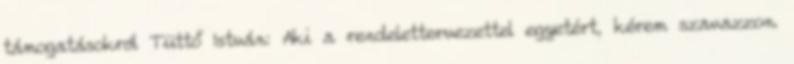
támogatásokról Tüttő István: Aki a rendelettervezettel egyetért, kérem szavazzon.